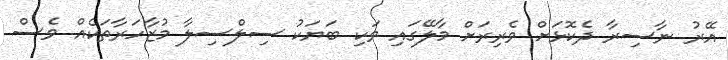
އޭރު ނާސިރާ ދެކޮޅަށް ވެރިރަށް މާލޭގައި ވަކި ބަޔަކު ސިލްސިލާ މުޒާހަރާތަކެއް ވެސް